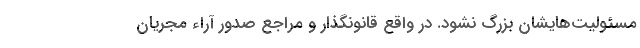
مسئولیت‌هایشان بزرگ نشود. در واقع قانونگذار و مراجع صدور آراء مجریان